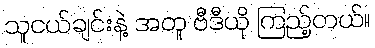
သူငယ်ချင်းနဲ့ အတူ ဗီဒီယို ကြည့်တယ်။